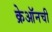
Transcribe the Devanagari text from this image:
क्रेऑनची